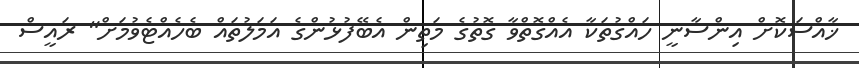
ޚާއްސަކޮށް އިންސާނީ ހައްގުތަކާ އެއްގޮތްވާ ގޮތުގެ މަތިން އެބޭފުޅުންގެ އަމަލުތައް ބެހެއްޓެވުމަށް" ރައީސް